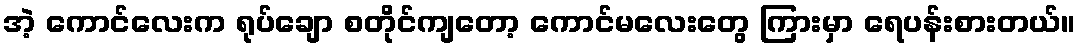
အဲ့ ကောင်လေးက ရုပ်ချော စတိုင်ကျတော့ ကောင်မလေးတွေ ကြားမှာ ရေပန်းစားတယ်။